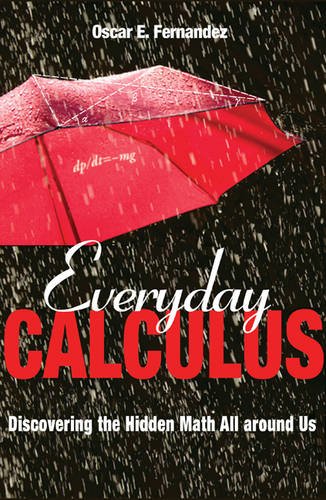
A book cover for Everyday Calculus: Discovering the Hidden Math All Around Us; Oscar E. Fernandez; Humor & Entertainment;